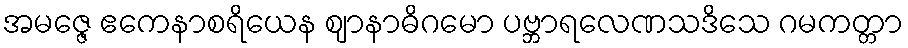
အမဇ္ဇေ ဧကေနာစရိယေန ဈာနာဓိဂမော ပဗ္ဘာရလေဏသဒိသေ ဂမကတ္တာ